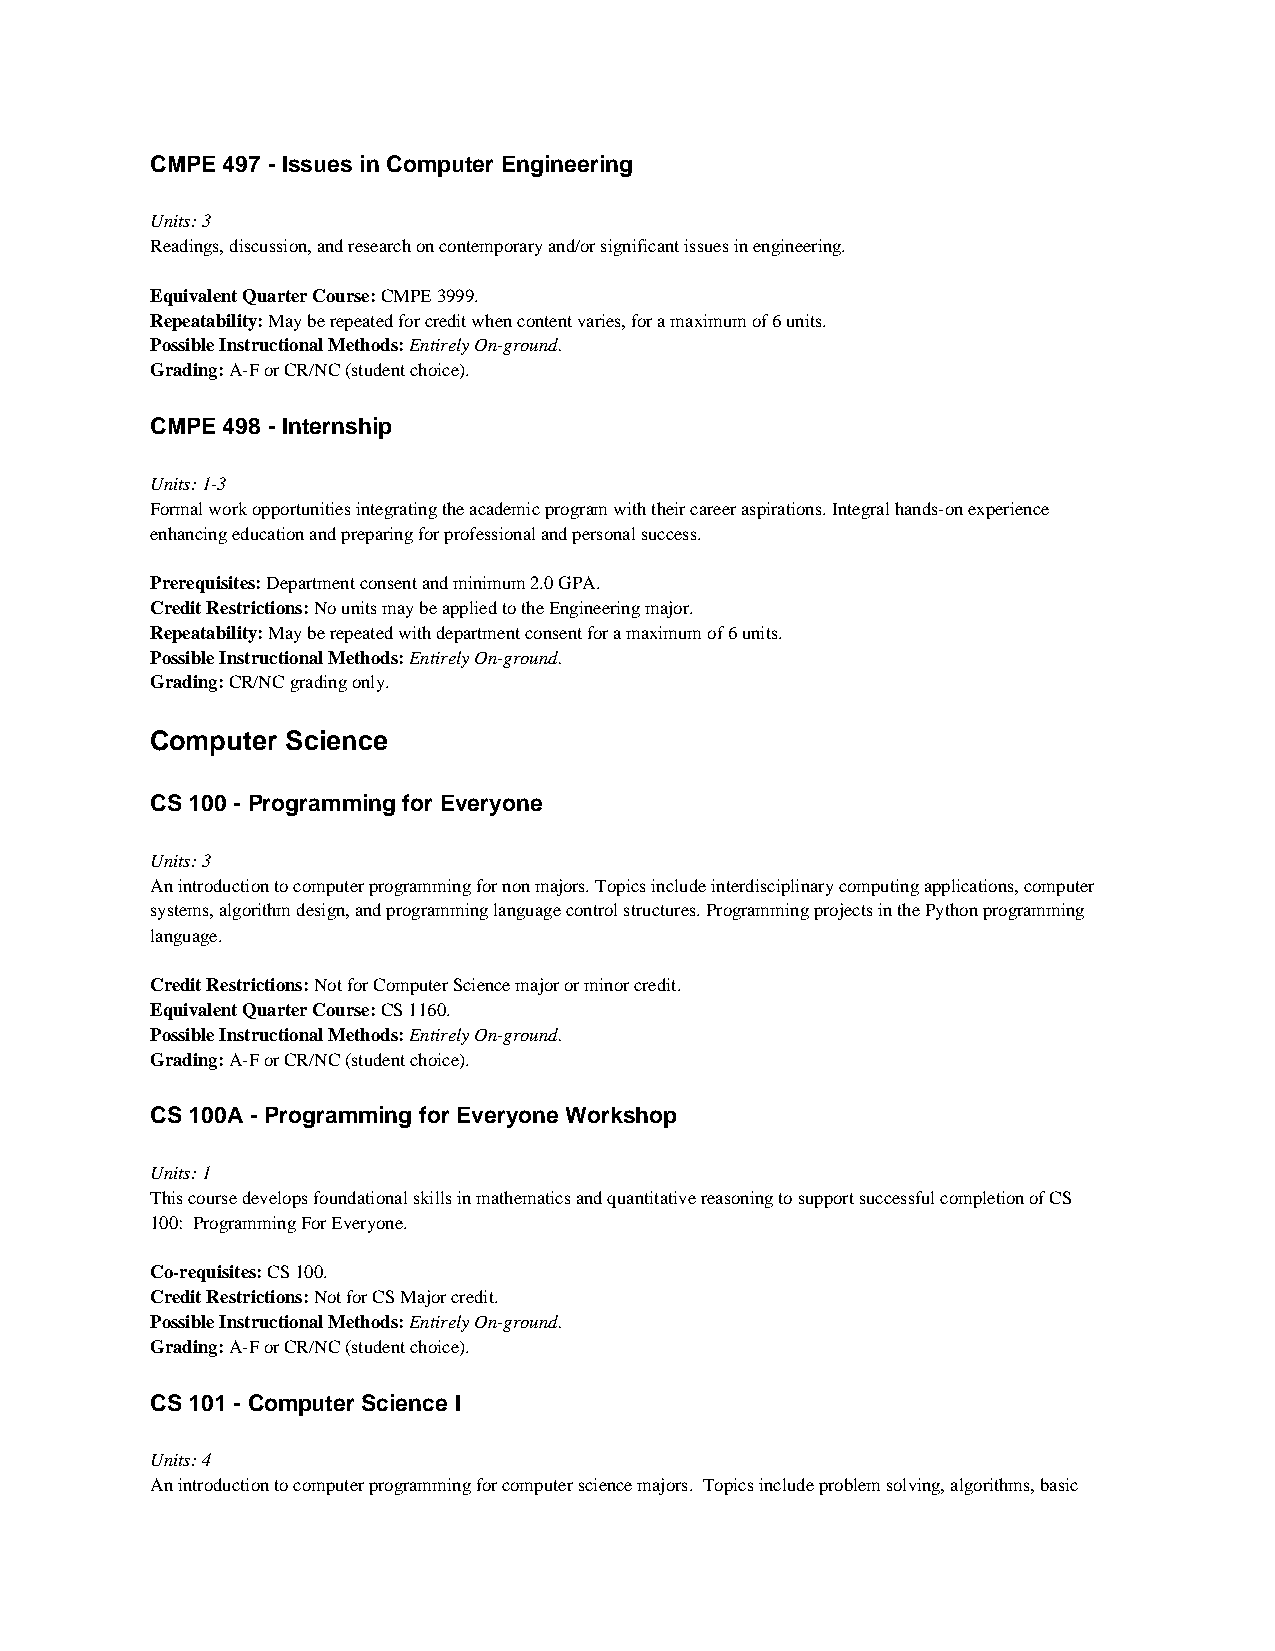
CMPE 497 - Issues in Computer Engineering
 Units: 3
 Readings, discussion, and research on contemporary and/or significant issues in engineering.
 Equivalent Quarter Course: CMPE 3999.
 Repeatability: May be repeated for credit when content varies, for a maximum of 6 units.
 Possible Instructional Methods: Entirely On-ground.
 Grading: A-F or CR/NC (student choice).
 CMPE 498 - Internship
 Units: 1-3
 Formal work opportunities integrating the academic program with their career aspirations. Integral hands-on experience
 enhancing education and preparing for professional and personal success.
 Prerequisites: Department consent and minimum 2.0 GPA.
 Credit Restrictions: No units may be applied to the Engineering major.
 Repeatability: May be repeated with department consent for a maximum of 6 units.
 Possible Instructional Methods: Entirely On-ground.
 Grading: CR/NC grading only.
 Computer Science
 CS 100 - Programming for Everyone
 Units: 3
 An introduction to computer programming for non majors. Topics include interdisciplinary computing applications, computer
 systems, algorithm design, and programming language control structures. Programming projects in the Python programming
 language.
 Credit Restrictions: Not for Computer Science major or minor credit.
 Equivalent Quarter Course: CS 1160.
 Possible Instructional Methods: Entirely On-ground.
 Grading: A-F or CR/NC (student choice).
 CS 100A - Programming for Everyone Workshop
 Units: 1
 This course develops foundational skills in mathematics and quantitative reasoning to support successful completion of CS
 100: Programming For Everyone.
 Co-requisites: CS 100.
 Credit Restrictions: Not for CS Major credit.
 Possible Instructional Methods: Entirely On-ground.
 Grading: A-F or CR/NC (student choice).
 CS 101 - Computer Science I
 Units: 4
 An introduction to computer programming for computer science majors. Topics include problem solving, algorithms, basic